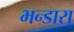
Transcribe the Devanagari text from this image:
भन्डारा